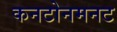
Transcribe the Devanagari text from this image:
कनटोनमनट